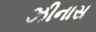
ઝીનાસ